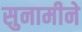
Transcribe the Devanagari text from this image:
सुनामीने